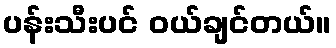
ပန်းသီးပင် ဝယ်ချင်တယ်။